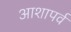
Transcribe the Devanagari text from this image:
आशापर्व